Indian journal of veterinary science and animal husbandry - Volume 10,
Year: 1940
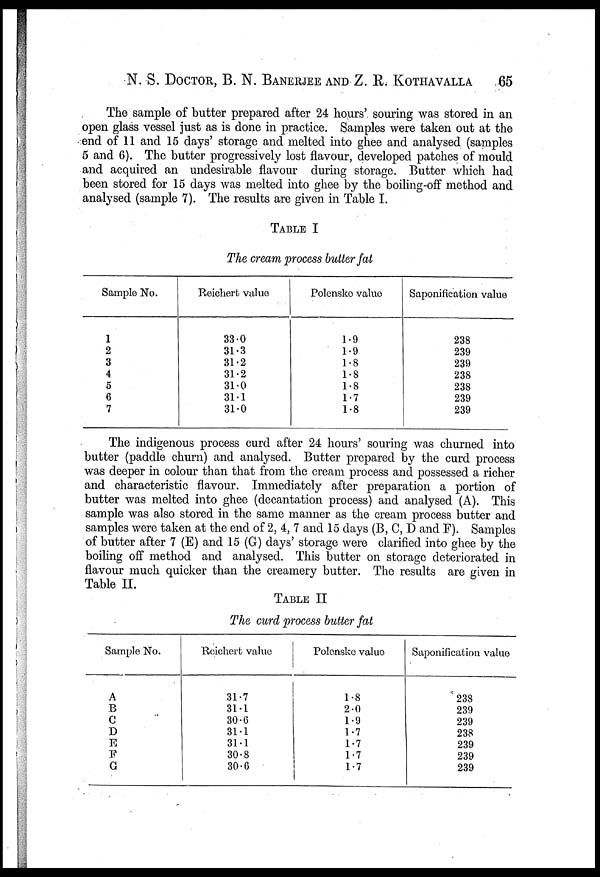
N. S. DOCTOR, B. N. BANERJEE AND Z. R. KOTHAVALLA 65
The sample of butter prepared after 24 hours' souring was stored in an
open glass vessel just as is done in practice. Samples were taken out at the
end of 11 and 15 days' storage and melted into ghee and analysed (samples
5 and 6). The butter progressively lost flavour, developed patches of mould
and acquired an undesirable flavour during storage. Butter which had
been stored for 15 days was melted into ghee by the boiling-off method and
analysed (sample 7). The results are given in Table I.
TABLE I
The cream process butter fat
Sample No.
1
2
3
4
5
6
7
Reicliert value
33.0
31.3
31.2
31.2
31.0
31.1
31.0
Polensko value
1.9
1.9
1.8
1.8
1.8
1.7
1.8
Saponification value
238
239
239
238
238
239
239
The indigenous process curd after 24 hours' souring was churned into
butter (paddle churn) and analysed. Butter prepared by the curd process
was deeper in colour than that from the cream process and possessed a richer
and characteristic flavour. Immediately after preparation a portion of
butter was melted into ghee (decantation process) and analysed (A). This
sample was also stored in the same manner as the cream process butter and
samples were taken at the end of 2, 4, 7 and 15 days (B, C, D and F). Samples
of butter after 7 (E) and 15 (G) days' storage were clarified into ghee by the
boiling off method and analysed. This butter on storage deteriorated in
flavour much quicker than the creamery butter. The results are given in
Table II.
TABLE II
The curd process butter fat
Sample No.
A
B
C
D
E
F
G
Reicliert value
31.7
31.1
30.6
31.1
31.1
30.8
30.6
Polensko value
1.8
2.0
1.9
1.7
1.7
1.7
1.7
Saponification value
238
239
239
238
239
239
239